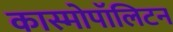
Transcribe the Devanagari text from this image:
कास्मोपॉलिटन